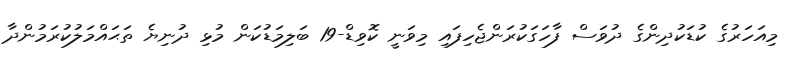
މިއަހަރުގެ ކުޑަކުދިންގެ ދުވަސް ފާހަގަކުރަންޖެހިފައި މިވަނީ ކޮވިޑް-19 ބަލިމަޑުކަން މުޅި ދުނިޔެ ތަޙައްމަލުކުރަމުންދާ